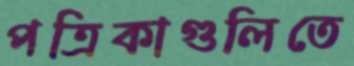
পত্রিকাগুলিতে